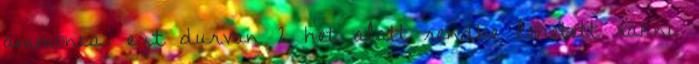
ammonia. ezt durvan 2 het alatt rendbe lehetett rakni